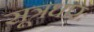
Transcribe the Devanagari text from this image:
सूत्रधारः